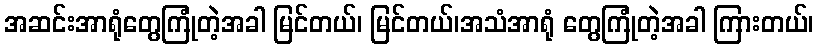
အဆင်းအာရုံတွေကြုံတဲ့အခါ မြင်တယ်၊ မြင်တယ်၊အသံအာရုံ တွေကြုံတဲ့အခါ ကြားတယ်၊